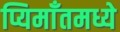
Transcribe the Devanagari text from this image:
प्यिमाँतमध्ये